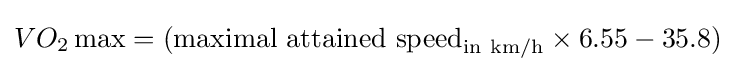
VO_{2}\max =({\text{maximal attained speed}}_{{\text{in}}\ {\text{km/h}}}\times 6.55-35.8)